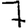
Digit: 7